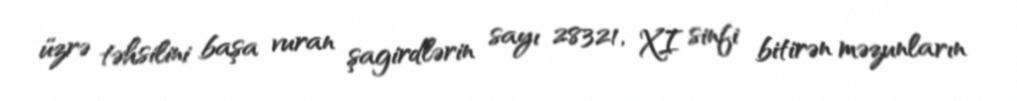
üzrə təhsilini başa vuran şagirdlərin sayı 28321, XI sinfi bitirən məzunların